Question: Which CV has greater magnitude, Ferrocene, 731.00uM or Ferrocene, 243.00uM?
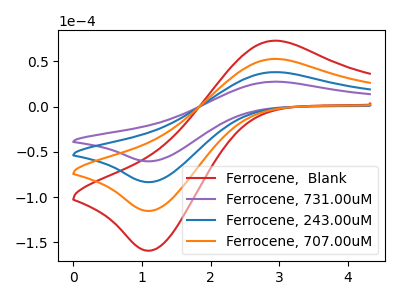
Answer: <think>The red curve "Ferrocene,  Blank" has an anodic peak at (2.90V, 114.75uA) and a cathodic peak at (1.15V, -250.20uA). The purple curve "Ferrocene, 731.00uM" has an anodic peak at (2.90V, 27.70uA) and a cathodic peak at (1.15V, -60.35uA). The blue curve "Ferrocene, 243.00uM" has an anodic peak at (2.90V, 38.25uA) and a cathodic peak at (1.15V, -83.40uA). The orange curve "Ferrocene, 707.00uM" has an anodic peak at (2.90V, 76.50uA) and a cathodic peak at (1.15V, -166.80uA).
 All the peaks in "Ferrocene, 731.00uM" have a peak in "Ferrocene, 243.00uM" at the same potential. Every peak in "Ferrocene, 731.00uM" is lower than every peak in "Ferrocene, 243.00uM".</think>
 <answer>"Ferrocene, 731.00uM" has less signal than "Ferrocene, 243.00uM".</answer>
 <eval>less_signal</eval>